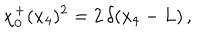
\chi _ { 0 } ^ { + } ( x _ { 4 } ) ^ { 2 } = 2 \, \delta ( x _ { 4 } - L ) \, ,